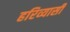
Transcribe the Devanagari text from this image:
हरिव्यासी